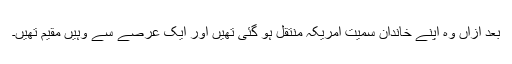
بعد ازاں وہ اپنے خاندان سمیت امریکہ منتقل ہو گئی تھیں اور ایک عرصے سے وہیں مقیم تھیں۔